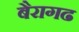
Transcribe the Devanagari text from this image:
बैरागढ